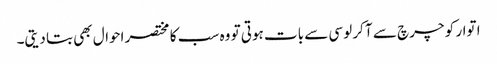
ا توار کو چرچ سے آ کر لوسی سے بات ہوتی تو وہ سب کا مختصر احوال بھی بتا دیتی۔